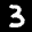
Label: 3